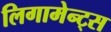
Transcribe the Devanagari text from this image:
लिगामेन्ट्स